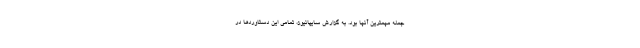
جمله مهمترین آنها بود. به گزارش سایپانیوز، تمامی این دستاوردها در